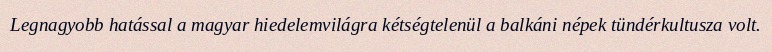
Legnagyobb hatással a magyar hiedelemvilágra kétségtelenül a balkáni népek tündérkultusza volt.